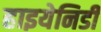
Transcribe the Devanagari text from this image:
हाइयेनिडी